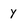
Character: Y